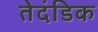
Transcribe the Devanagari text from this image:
तेदंडिक